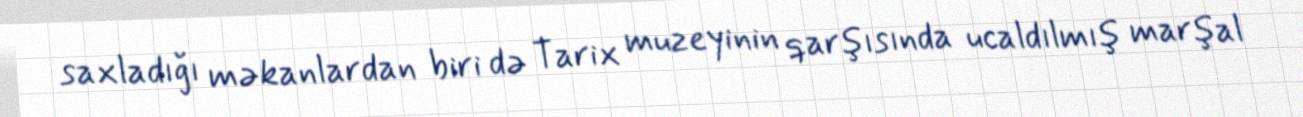
saxladığı məkanlardan biri də Tarix muzeyinin qarşısında ucaldılmış marşal